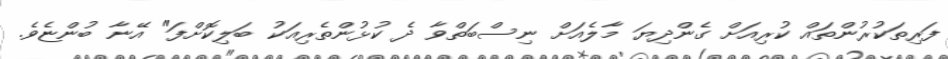
ފަރިތަކުރުންތައް ކުރިއަށް ގެންދިޔަ މާލެއަށް ނިސްބަތްވާ ދެ ކުޅުންތެރިއަކު ބަލިކޮށްފަ" އޭނާ ބުންޏެވެ.